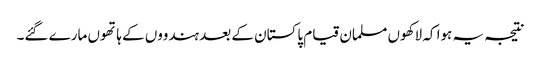
نتیجہ یہ ہوا کہ لاکھوں مسلمان قیام پاکستان کے بعد ہندووں کے ہاتھوں مارے گئے۔